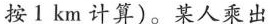
按1km计算)。某人乘出